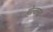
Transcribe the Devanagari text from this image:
होल्करद